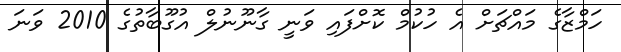
ހަމްޒާގެ މައްޗަށް އެ ހުކުމް ކޮށްފައި ވަނީ ގާނޫނުލް އުގޫބާތުގެ 2010 ވަނަ